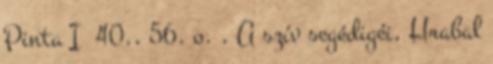
Pinta I 40., 56. o. , A szív segédigéi, Hrabal